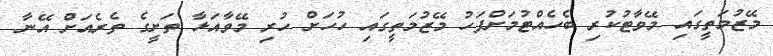
މޭޒުމަތީގައި މޭވާޓުކުރި ބެހެއްޓުމަށްފަހު މޭޒުމަތީގައި ހުހަށް ހުރި މޭވާއަޅާ ތަށީގެ ތެރެއަށް އޭނާ